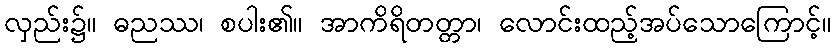
လှည်း၌။ ဓညဿ၊ စပါး၏။ အာကိရိတတ္တာ၊ လောင်းထည့်အပ်သောကြောင့်။